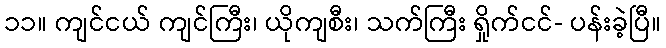
၁၁။ ကျင်ငယ် ကျင်ကြီး၊ ယိုကျစီး၊ သက်ကြီး ရှိုက်ငင်- ပန်းခဲ့ပြီ။